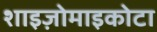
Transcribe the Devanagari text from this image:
शाइज़ोमाइकोटा